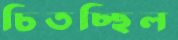
চিতচ্ছিল